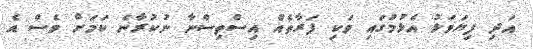
އަދި ފިޔަވަޅު އެޅުމުގައި ވަކި ފަރާތެއް އިސްތިސްނާ ނުކުރާނެ ކަމަށް ވެސް އެ